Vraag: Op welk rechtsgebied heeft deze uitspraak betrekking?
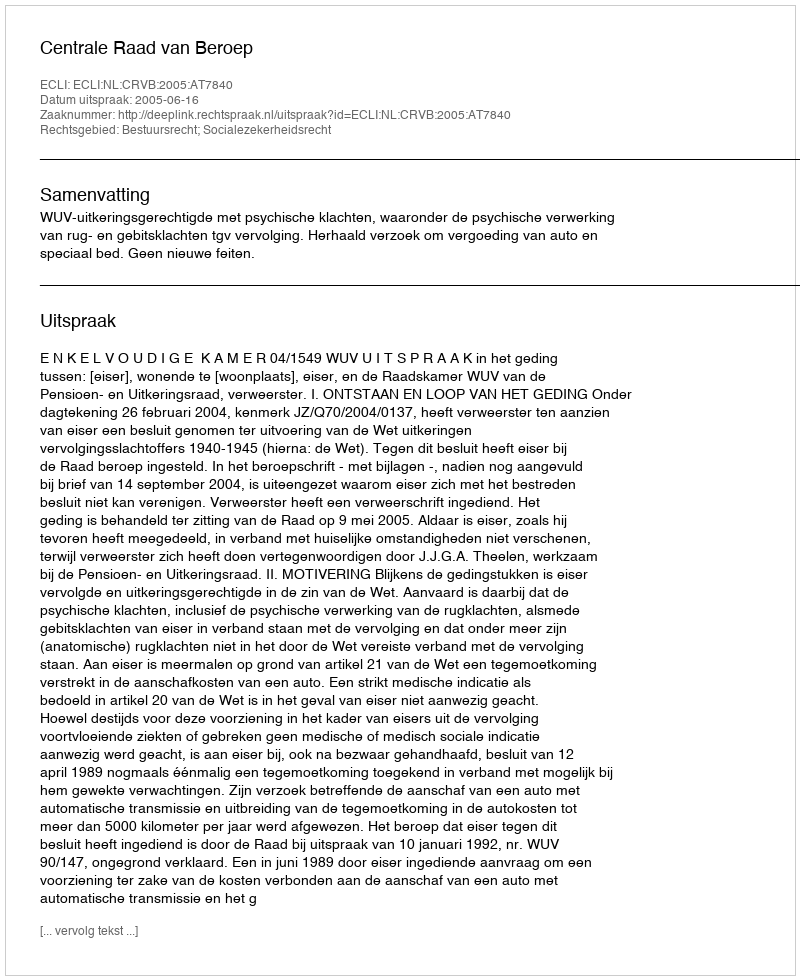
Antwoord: Bestuursrecht; Socialezekerheidsrecht